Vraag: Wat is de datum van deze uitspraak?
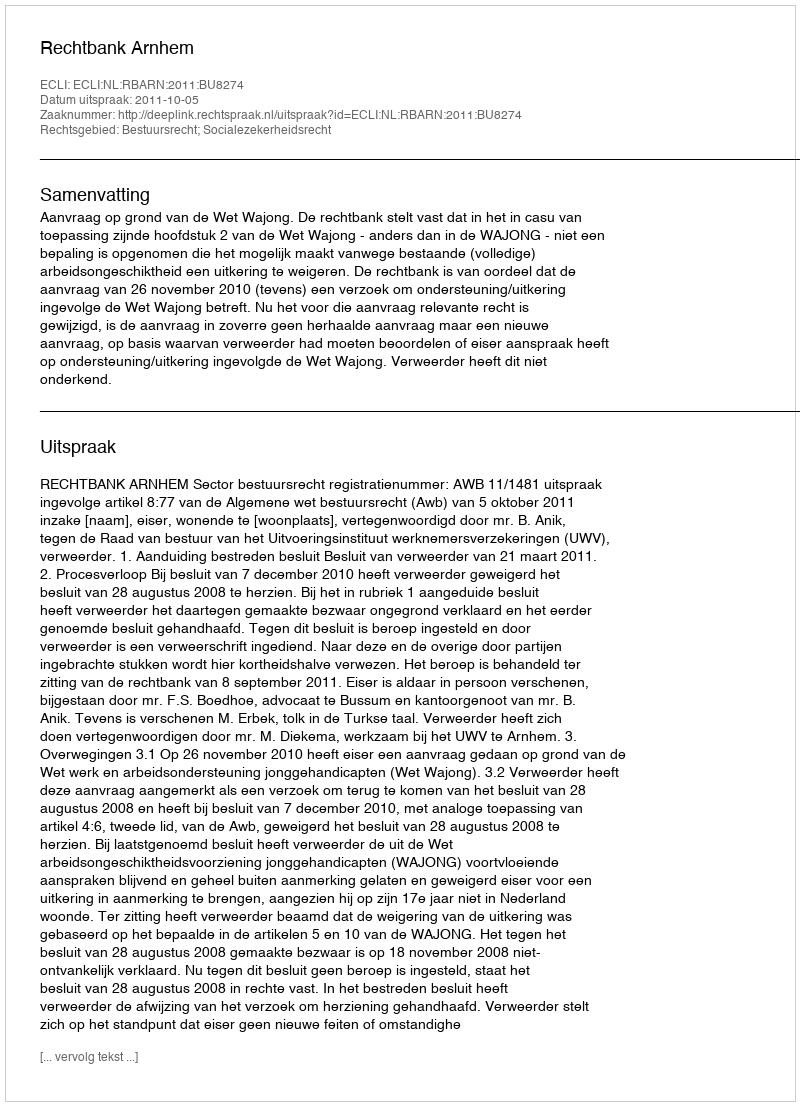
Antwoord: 2011-10-05